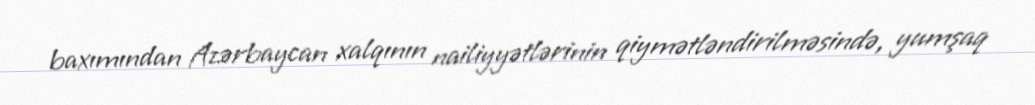
baxımından Azərbaycan xalqının nailiyyətlərinin qiymətləndirilməsində, yumşaq